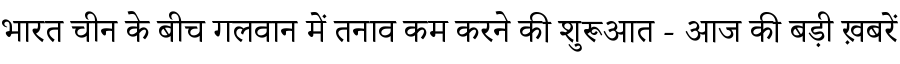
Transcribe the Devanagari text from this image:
भारत चीन के बीच गलवान में तनाव कम करने की शुरूआत - आज की बड़ी ख़बरें